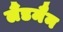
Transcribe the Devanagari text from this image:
लैंडमैन